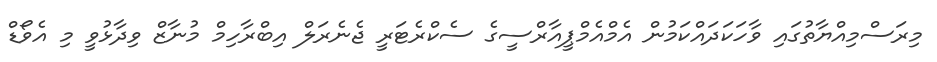
މިރަސްމިއްޔާތުގައި ވާހަކަދައްކަމުން އެމްއެމްޕީއާރްސީގެ ސެކްރެޓަރީ ޖެނެރަލް އިބްރާހިމް މުނާޒް ވިދާޅުވީ މި އެވޯޑް